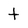
Character: t